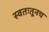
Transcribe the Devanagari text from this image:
स्वतःतूनच